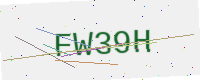
Text: FW39H